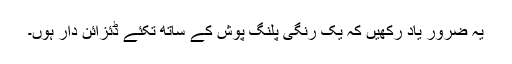
یہ ضرور یاد رکھیں کہ یک رنگی پلنگ پوش کے ساتھ تکئے ڈئزائن دار ہوں۔